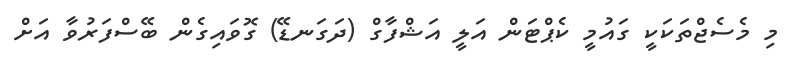
މި މެސެޖްތަކަކީ ގައުމީ ކެޕްޓަން އަލީ އަޝްފާގް (ދަގަނޑޭ) ގޮވައިގެން ބޭސްފަރުވާ އަށް